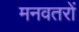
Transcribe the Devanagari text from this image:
मनवतरों